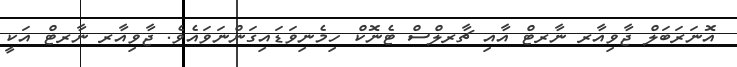
އޮނަރަބަލް ޖާވިއާރ ނާރޓް އާއި ޗާރލްސް ޓެނޮކް ހިމެނިވަޑައިގަންނަވައެވެ. ޖާވިއާރ ނާރޓް އަކީ